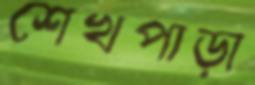
শেখপাড়া